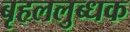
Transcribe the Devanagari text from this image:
बृहललुब्धक